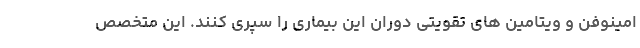
امینوفن و ویتامین های تقویتی دوران این بیماری را سپری کنند. این متخصص